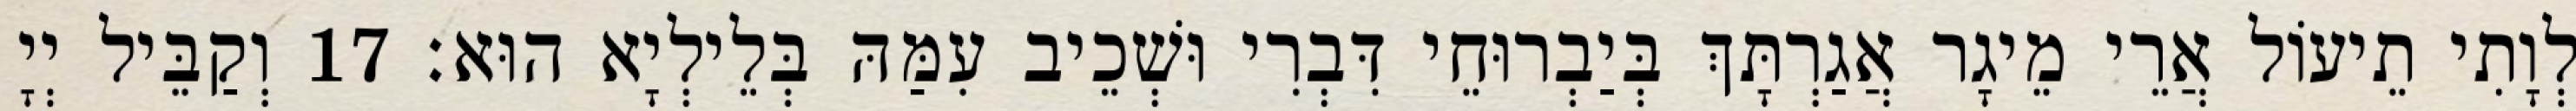
לְוָתִי תֵיעוֹל אֲרֵי מֵיגָר אֲגַרְתָּךְ בְּיַבְרוּחֵי דִּבְרִי וּשְׁכֵיב עִמַּהּ בְּלֵילְיָא הוּא׃ 17 וְקַבֵּיל יְיָ